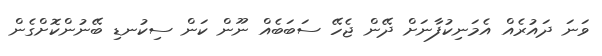
ވަނަ ދައުރެއް އެމަނިކުފާނަށް ދޭން ޖެހޭ ސަބަބެއް ނޫން ކަން ސިކުނޑި ބޭނުންކޮށްގެން